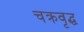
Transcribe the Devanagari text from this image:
चक्रवृद्ध